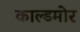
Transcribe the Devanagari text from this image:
काल्डमोर